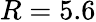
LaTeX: R=5.6